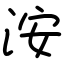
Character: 洝